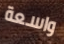
واسعة